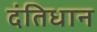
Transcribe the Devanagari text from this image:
दंतिधान